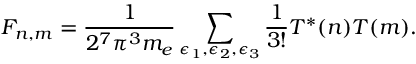
F _ { n , m } = \frac { 1 } { 2 ^ { 7 } \pi ^ { 3 } m _ { e } } \sum _ { \epsilon _ { 1 } , \epsilon _ { 2 } , \epsilon _ { 3 } } \frac { 1 } { 3 ! } T ^ { * } ( n ) T ( m ) .